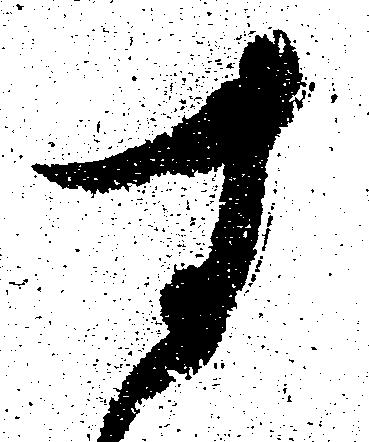
す